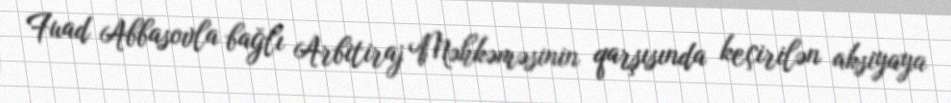
Fuad Abbasovla bağlı Arbitiraj Məhkəməsinin qarşısında keçirilən aksiyaya